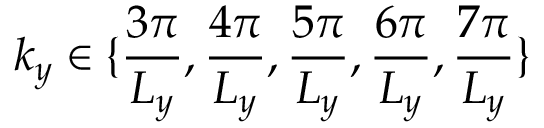
k _ { y } \in \{ \frac { 3 \pi } { L _ { y } } , \frac { 4 \pi } { L _ { y } } , \frac { 5 \pi } { L _ { y } } , \frac { 6 \pi } { L _ { y } } , \frac { 7 \pi } { L _ { y } } \}